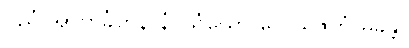
ပုညံ အာကင်္ခဟနာနံ၊ သံဃော ဝေ ယဇကံ မုခန္တိ။